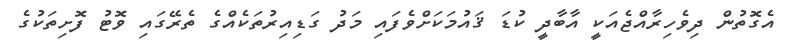
އެގޮތުން ދިވެހިރާއްޖެއަކީ އާބާދީ ކުޑަ ޤައުމަކަށްވެފައި މަދު ގަޑިއިރުތަކެއްގެ ތެރޭގައި ވޮޓު ފޮށިތަކުގެ